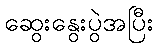
ဆွေးနွေးပွဲအပြီး